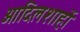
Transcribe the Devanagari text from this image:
आदिलशाहों